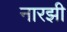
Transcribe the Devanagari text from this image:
नारझी